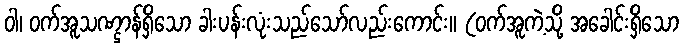
ဝါ၊ ဝက်အူသဏ္ဌာန်ရှိသော ခါးပန်းလုံးသည်သော်လည်းကောင်း။ (ဝက်အူကဲ့သို့ အခေါင်းရှိသော